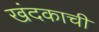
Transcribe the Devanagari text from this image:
खंदकाची